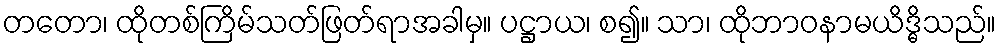
တတော၊ ထိုတစ်ကြိမ်သတ်ဖြတ်ရာအခါမှ။ ပဋ္ဌာယ၊ စ၍။ သာ၊ ထိုဘာဝနာမယိဒ္ဓိသည်။